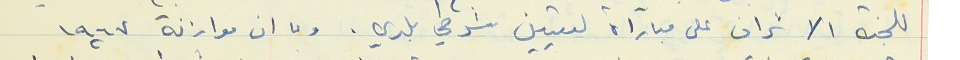
للجنة الاشراف على مباراة لتعيين شرطي بلدي . وبما ان موازنة ١٩٦٧